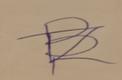
Signature authenticity: forged